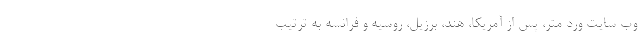
وب سایت ورد متر، پس از آمریکا، هند، برزیل، روسیه و فرانسه به ترتیب